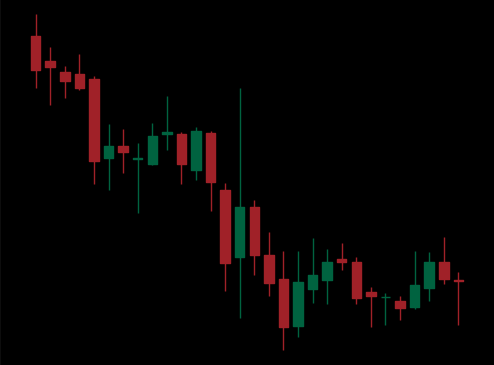
Pattern: unclassified